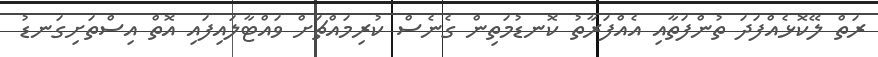
ރަތް ލޭކޮޅެއްފަދަ ތުންފަތާއި އެއްފަރާތު ކޮނޑުމަތިން ގެނެސް ކުރިމައްޗަށް ވައްޓާލައިފައި އޮތް އިސްތަށިގަނޑު